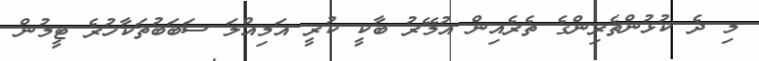
މި ދެ ކުޅުންތެރިންގެ ތެރެއިން އުމޭރު ބާކީ ކުރީ އަމިއްލަ ސަބަބުތަކާހުރެ ޓީމުން